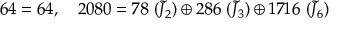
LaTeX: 6 4 = 6 4 , \quad 2 0 8 0 = 7 8 \, \, ( \tilde { J } _ { 2 } ) \oplus 2 8 6 \, \, ( \tilde { J } _ { 3 } ) \oplus 1 7 1 6 \, \, ( \tilde { J } _ { 6 } )